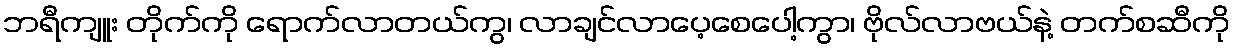
ဘရီကျူး တိုက်ကို ရောက်လာတယ်ကွ၊ လာချင်လာပေ့စေပေါ့ကွာ၊ ဗိုလ်လာဗယ်နဲ့ တက်စဆီကို